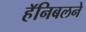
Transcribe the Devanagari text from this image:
हॅनिबलने